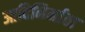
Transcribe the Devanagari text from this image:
आदिनिर्माता